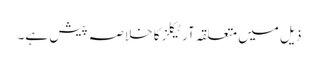
ذیل میں متعلقہ آرٹیکلز کا خلاصہ پیش ہے۔